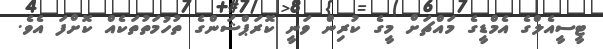
ޓީސީއެލްގެ އެމްޑީގެ މައްޗަށް މީގެ ކުރިން ވަނީ ކޮރަޕްޝަންގެ ތުހުމަތުތަކެއް ކޮށްފަ އެވެ.